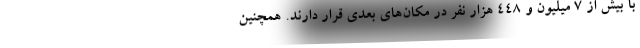
با بیش از 7 میلیون و 448 هزار نفر در مکان‌های بعدی قرار دارند. همچنین